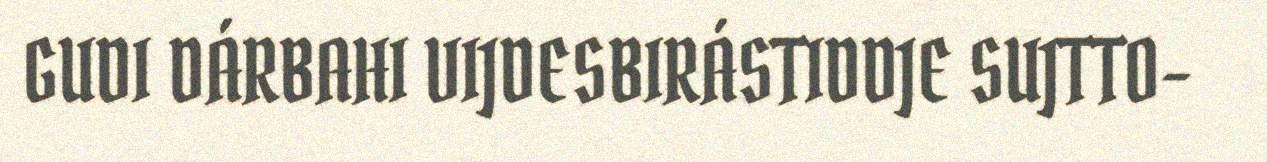
GUDI DÁRBAHI VIJDESBIRÁSTIDDJE SUJTTO-